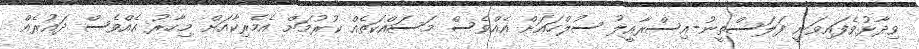
ވިދާޅުވެފައިވަނީ ފަލަސްތީނު-އިސްރާއީލު ސުލްހައަށް އެއްވެސް މަސައްކަތެއް ކުރުމަށް އެމެރިކާއަށް މިހާރު އެއްވެސް ދައުރެއް